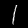
Digit: 1